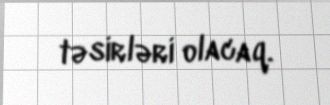
təsirləri olacaq.